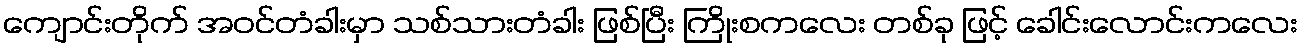
ကျောင်းတိုက် အဝင်တံခါးမှာ သစ်သားတံခါး ဖြစ်ပြီး ကြိုးစကလေး တစ်ခု ဖြင့် ခေါင်းလောင်းကလေး